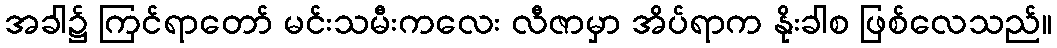
အခါ၌ ကြင်ရာတော် မင်းသမီးကလေး လီဇာမှာ အိပ်ရာက နိုးခါစ ဖြစ်လေသည်။